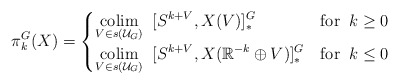
\begin{align*}\pi^G_k(X) = \begin{cases}\displaystyle\operatorname*{colim}_{V \in s(\mathcal{U}_G)} \;\; [S^{k+V}, X(V)]_*^G & \mathrm{for} \;\; k \geq 0 \\\displaystyle\operatorname*{colim}_{{V \in s(\mathcal{U}_G)}} \;\; [S^{k+V}, X(\mathbb{R}^{-k} \oplus V)]_*^G & \mathrm{for}\;\; k \leq 0\end{cases}\end{align*}